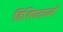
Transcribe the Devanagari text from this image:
विशिषटजनों